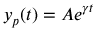
y _ { p } ( t ) = A e ^ { \gamma t }